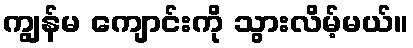
ကျွန်မ ကျောင်းကို သွားလိမ့်မယ်။